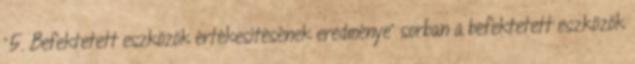
“5. Befektetett eszközök értékesítésének eredménye” sorban a befektetett eszközök